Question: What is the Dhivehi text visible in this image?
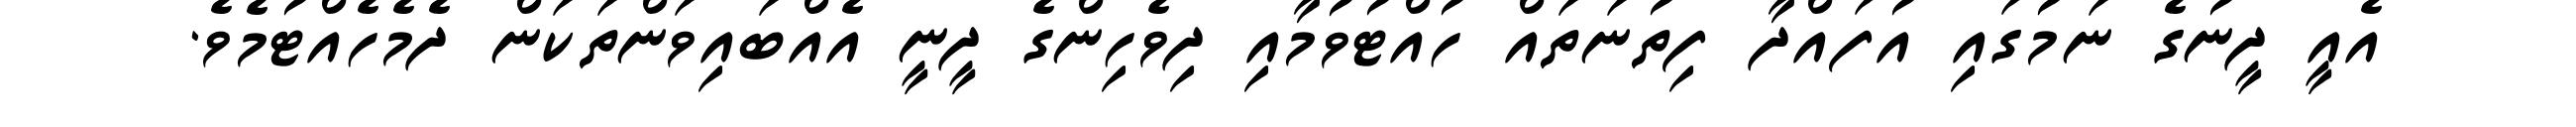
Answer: އެއީ ދީނުގެ ނަމުގައި އުފައްދާ ފިތުނަތައް ހުއްޓުވުމާއި ދިވެހިންގެ ދީނީ އެއްބައިވަންތަކަން ދެމެހެއްޓުމެވެ.